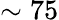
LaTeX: \sim 75